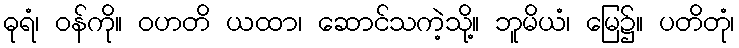
ဓုရံ၊ ဝန်ကို။ ဝဟတိ ယထာ၊ ဆောင်သကဲ့သို့။ ဘူမိယံ၊ မြေ၌။ ပတိတုံ၊